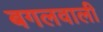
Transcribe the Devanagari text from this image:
बगलवाली